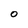
Character: O